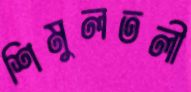
শিমুলতলী